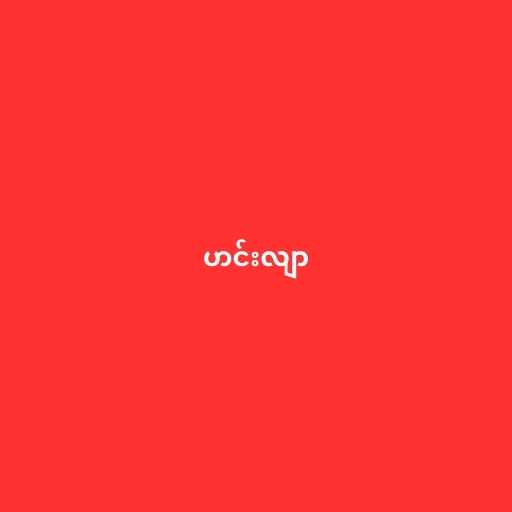
ဟင်းလျာ